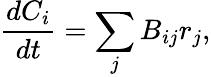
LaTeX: \frac{dC_{i}}{dt}=\sum_{j}B_{ij}r_{j},